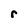
Character: r